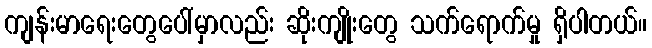
ကျန်းမာရေးတွေပေါ်မှာလည်း ဆိုးကျိုးတွေ သက်ရောက်မှု ရှိပါတယ်။